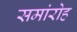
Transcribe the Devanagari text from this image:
समांरोह